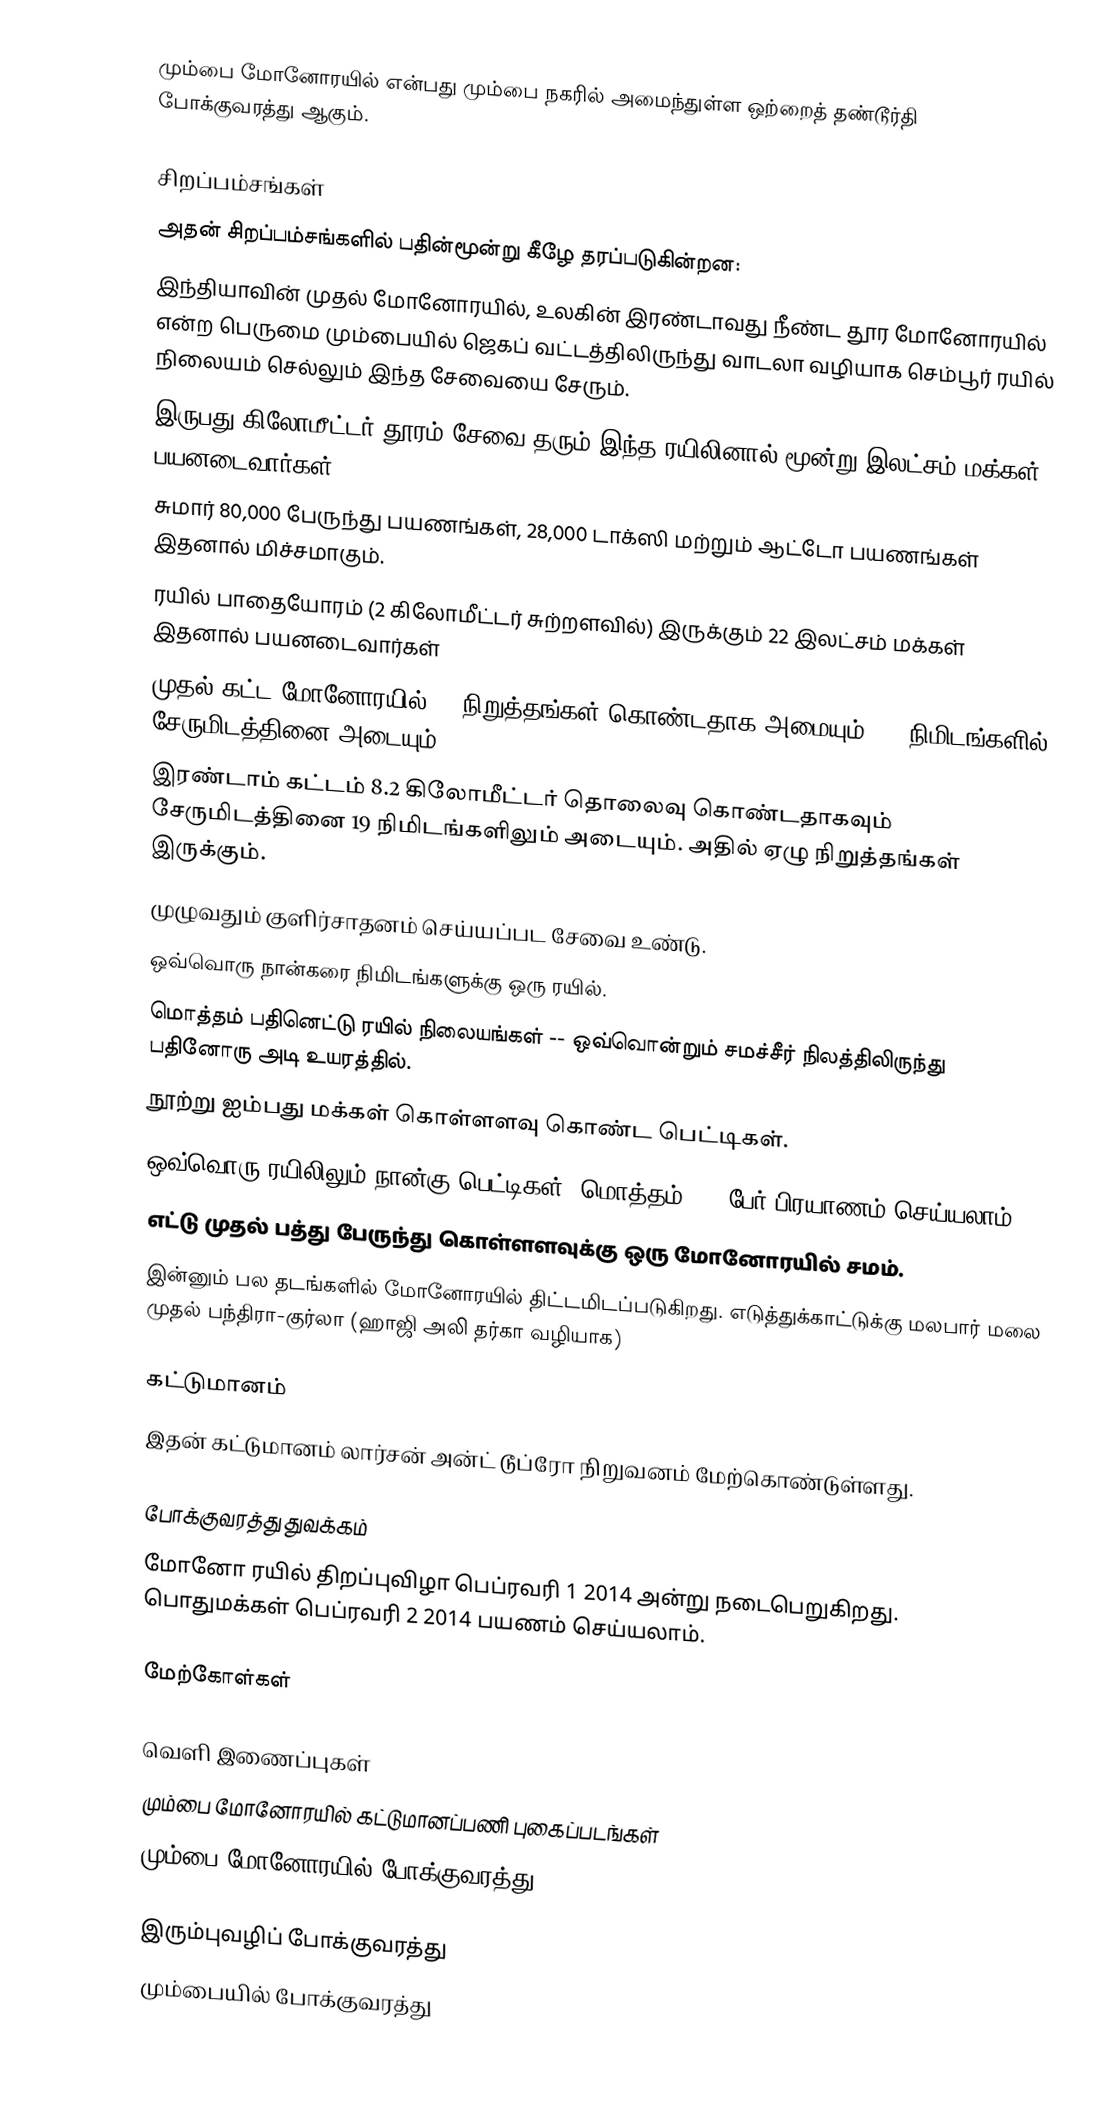
மும்பை மோனோரயில் என்பது மும்பை நகரில் அமைந்துள்ள ஒற்றைத் தண்டூர்தி போக்குவரத்து ஆகும்.

சிறப்பம்சங்கள்
அதன் சிறப்பம்சங்களில் பதின்மூன்று கீழே தரப்படுகின்றன:
இந்தியாவின் முதல் மோனோரயில், உலகின் இரண்டாவது நீண்ட தூர மோனோரயில் என்ற பெருமை மும்பையில் ஜெகப் வட்டத்திலிருந்து வாடலா வழியாக செம்பூர் ரயில் நிலையம் செல்லும் இந்த சேவையை சேரும்.
இருபது கிலோமீட்டர் தூரம் சேவை தரும் இந்த ரயிலினால் மூன்று இலட்சம் மக்கள் பயனடைவார்கள்
சுமார் 80,000 பேருந்து பயணங்கள், 28,000 டாக்ஸி மற்றும் ஆட்டோ பயணங்கள் இதனால் மிச்சமாகும்.
ரயில் பாதையோரம் (2 கிலோமீட்டர் சுற்றளவில்) இருக்கும் 22 இலட்சம் மக்கள் இதனால் பயனடைவார்கள்
முதல் கட்ட மோனோரயில் 11 நிறுத்தங்கள் கொண்டதாக அமையும். 25 நிமிடங்களில் சேருமிடத்தினை அடையும்.
இரண்டாம் கட்டம் 8.2 கிலோமீட்டர் தொலைவு கொண்டதாகவும் சேருமிடத்தினை 19 நிமிடங்களிலும் அடையும். அதில் ஏழு நிறுத்தங்கள் இருக்கும்.
முழுவதும் குளிர்சாதனம் செய்யப்பட சேவை உண்டு.
ஒவ்வொரு நான்கரை நிமிடங்களுக்கு ஒரு ரயில்.
மொத்தம் பதினெட்டு ரயில் நிலையங்கள் -- ஒவ்வொன்றும் சமச்சீர் நிலத்திலிருந்து பதினோரு அடி உயரத்தில்.
நூற்று ஐம்பது மக்கள் கொள்ளளவு கொண்ட பெட்டிகள்.
ஒவ்வொரு ரயிலிலும் நான்கு பெட்டிகள். மொத்தம் 600 பேர் பிரயாணம் செய்யலாம்.
எட்டு முதல் பத்து பேருந்து கொள்ளளவுக்கு ஒரு மோனோரயில் சமம்.
இன்னும் பல தடங்களில் மோனோரயில் திட்டமிடப்படுகிறது. எடுத்துக்காட்டுக்கு மலபார் மலை முதல் பந்திரா-குர்லா (ஹாஜி அலி தர்கா வழியாக)

கட்டுமானம்
இதன் கட்டுமானம் லார்சன் அன்ட் டூப்ரோ நிறுவனம் மேற்கொண்டுள்ளது.

போக்குவரத்து துவக்கம்
மோனோ ரயில் திறப்புவிழா பெப்ரவரி 1 2014 அன்று நடைபெறுகிறது. பொதுமக்கள் பெப்ரவரி 2 2014 பயணம் செய்யலாம்.

மேற்கோள்கள்

வெளி இணைப்புகள்
 மும்பை மோனோரயில் கட்டுமானப்பணி புகைப்படங்கள்
 மும்பை மோனோரயில் போக்குவரத்து

இரும்புவழிப் போக்குவரத்து
மும்பையில் போக்குவரத்து